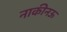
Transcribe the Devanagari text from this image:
नाकीनऊ